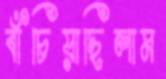
বাঁচিয়াছিলাম